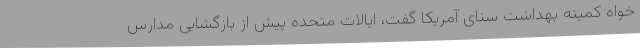
خواه کمیته بهداشت سنای آمریکا گفت،‌ ایالات متحده پیش از بازگشایی مدارس